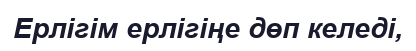
Ерлігім ерлігіңе дөп келеді,